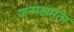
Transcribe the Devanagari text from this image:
जन्मक्षमता